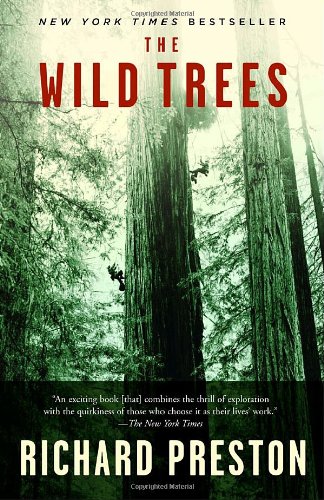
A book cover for The Wild Trees: A Story of Passion and Daring; Richard Preston; Science & Math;